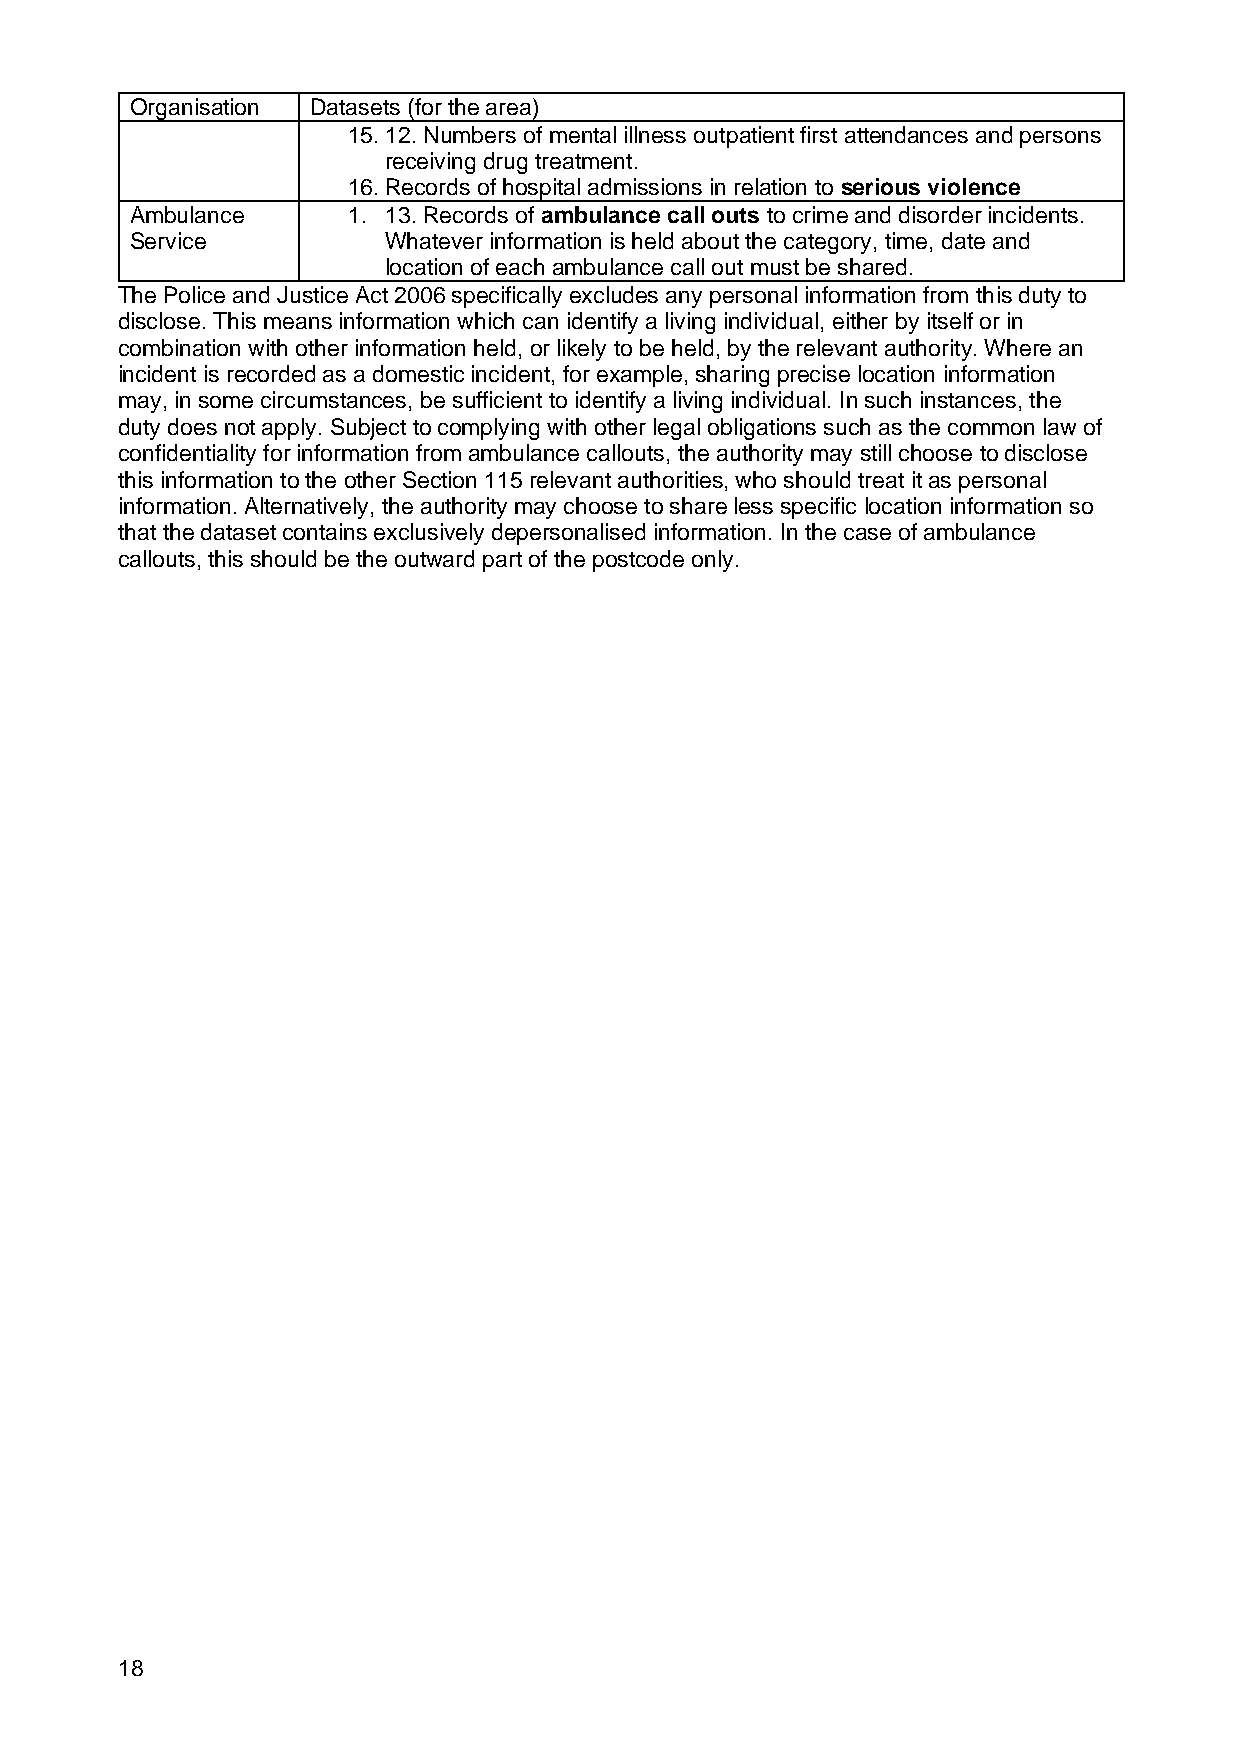
Organisation Datasets (for the area)
 15. 12. Numbers of mental illness outpatient first attendances and persons
 receiving drug treatment.
 16. Records of hospital admissions in relation to serious violence
 Ambulance     1. 13. Records of ambulance call outs to crime and disorder incidents.
 Service         Whatever information is held about the category, time, date and
 location of each ambulance call out must be shared.
 The Police and Justice Act 2006 specifically excludes any personal information from this duty to
 disclose. This means information which can identify a living individual, either by itself or in
 combination with other information held, or likely to be held, by the relevant authority. Where an
 incident is recorded as a domestic incident, for example, sharing precise location information
 may, in some circumstances, be sufficient to identify a living individual. In such instances, the
 duty does not apply. Subject to complying with other legal obligations such as the common law of
 confidentiality for information from ambulance callouts, the authority may still choose to disclose
 this information to the other Section 115 relevant authorities, who should treat it as personal
 information. Alternatively, the authority may choose to share less specific location information so
 that the dataset contains exclusively depersonalised information. In the case of ambulance
 callouts, this should be the outward part of the postcode only.
 18